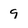
Character: 9